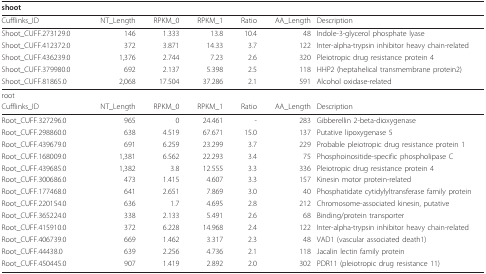
<table><thead><tr><td><b>shoot</b></td><td></td><td></td><td></td><td></td><td></td><td></td></tr></thead><tbody><tr><td>Cufflinks_ID</td><td>NT_Length</td><td>RPKM_0</td><td>RPKM_1</td><td>Ratio</td><td>AA_Length</td><td>Description</td></tr><tr><td>Shoot_CUFF.273129.0</td><td>146</td><td>1.333</td><td>13.8</td><td>10.4</td><td>48</td><td>Indole-3-glycerol phosphate lyase</td></tr><tr><td>Shoot_CUFF.412372.0</td><td>372</td><td>3.871</td><td>14.33</td><td>3.7</td><td>122</td><td>Inter-alpha-trypsin inhibitor heavy chain-related</td></tr><tr><td>Shoot_CUFF.436239.0</td><td>1,376</td><td>2.744</td><td>7.23</td><td>2.6</td><td>320</td><td>Pleiotropic drug resistance protein 4</td></tr><tr><td>Shoot_CUFF.379980.0</td><td>692</td><td>2.137</td><td>5.398</td><td>2.5</td><td>118</td><td>HHP2 (heptahelical transmembrane protein2)</td></tr><tr><td>Shoot_CUFF.81865.0</td><td>2,068</td><td>17.504</td><td>37.286</td><td>2.1</td><td>591</td><td>Alcohol oxidase-related</td></tr><tr><td>root</td><td></td><td></td><td></td><td></td><td></td><td></td></tr><tr><td>Cufflinks_ID</td><td>NT_Length</td><td>RPKM_0</td><td>RPKM_1</td><td>Ratio</td><td>AA_Length</td><td>Description</td></tr><tr><td>Root_CUFF.327296.0</td><td>965</td><td>0</td><td>24.461</td><td>-</td><td>283</td><td>Gibberellin 2-beta-dioxygenase</td></tr><tr><td>Root_CUFF.298860.0</td><td>638</td><td>4.519</td><td>67.671</td><td>15.0</td><td>137</td><td>Putative lipoxygenase 5</td></tr><tr><td>Root_CUFF.439679.0</td><td>691</td><td>6.259</td><td>23.299</td><td>3.7</td><td>229</td><td>Probable pleiotropic drug resistance protein 1</td></tr><tr><td>Root_CUFF.168009.0</td><td>1,381</td><td>6.562</td><td>22.293</td><td>3.4</td><td>75</td><td>Phosphoinositide-specific phospholipase C</td></tr><tr><td>Root_CUFF.439685.0</td><td>1,382</td><td>3.8</td><td>12.555</td><td>3.3</td><td>336</td><td>Pleiotropic drug resistance protein 4</td></tr><tr><td>Root_CUFF.300686.0</td><td>473</td><td>1.415</td><td>4.607</td><td>3.3</td><td>157</td><td>Kinesin motor protein-related</td></tr><tr><td>Root_CUFF.177468.0</td><td>641</td><td>2.651</td><td>7.869</td><td>3.0</td><td>40</td><td>Phosphatidate cytidylyltransferase family protein</td></tr><tr><td>Root_CUFF.220154.0</td><td>636</td><td>1.7</td><td>4.695</td><td>2.8</td><td>212</td><td>Chromosome-associated kinesin, putative</td></tr><tr><td>Root_CUFF.365224.0</td><td>338</td><td>2.133</td><td>5.491</td><td>2.6</td><td>68</td><td>Binding/protein transporter</td></tr><tr><td>Root_CUFF.415910.0</td><td>372</td><td>6.228</td><td>14.968</td><td>2.4</td><td>122</td><td>Inter-alpha-trypsin inhibitor heavy chain-related</td></tr><tr><td>Root_CUFF.406739.0</td><td>669</td><td>1.462</td><td>3.317</td><td>2.3</td><td>48</td><td>VAD1 (vascular associated death1)</td></tr><tr><td>Root_CUFF.44438.0</td><td>639</td><td>2.256</td><td>4.736</td><td>2.1</td><td>118</td><td>Jacalin lectin family protein</td></tr><tr><td>Root_CUFF.450445.0</td><td>907</td><td>1.419</td><td>2.892</td><td>2.0</td><td>302</td><td>PDR11 (pleiotropic drug resistance 11)</td></tr></tbody></table>